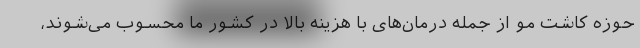
حوزه کاشت مو از جمله درمان‌های با هزینه بالا در کشور ما محسوب می‌شوند،